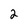
Character: 2